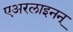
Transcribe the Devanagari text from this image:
एअरलाइनन्